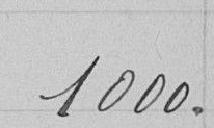
1000 .